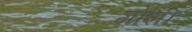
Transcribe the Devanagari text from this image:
गोशी